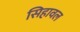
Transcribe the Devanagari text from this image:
सिहावल